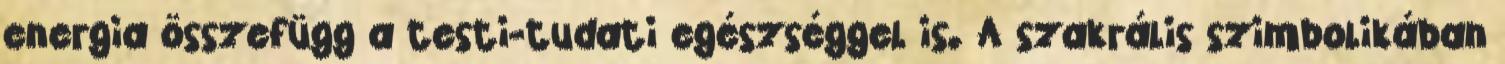
energia összefügg a testi-tudati egészséggel is. A szakrális szimbolikában